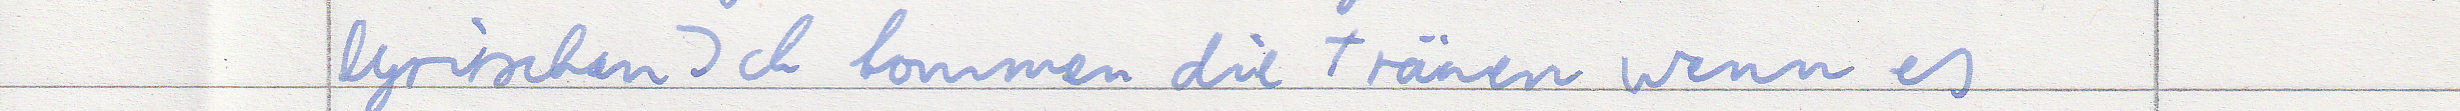
lyrischen Ich kommen die Tränen wenn es